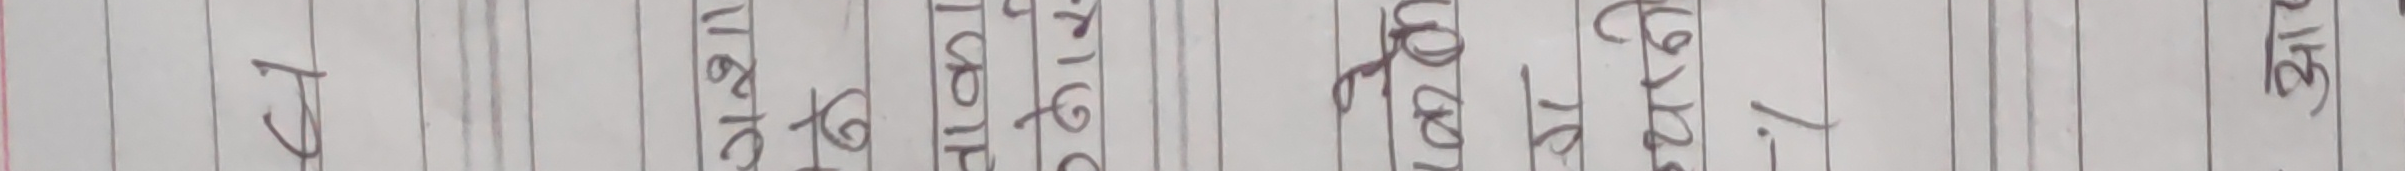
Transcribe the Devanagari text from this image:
प्रा १ का ११६ १६ १०० १७ ११६ १६ १०० १७ १७ १६ प २